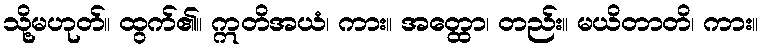
သို့မဟုတ်။ ထွက်၏။ ဣတိအယံ၊ ကား။ အတ္ထော၊ တည်း။ မယိတာတိ၊ ကား။